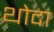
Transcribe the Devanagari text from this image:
थोदा